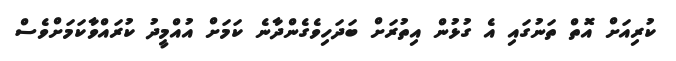
ކުރިއަށް އޮތް ތަނުގައި އެ ގުޅުން އިތުރަށް ބަދަހިވެގެންދާނެ ކަމަށް އުއްމީދު ކުރައްވާކަމަށްވެސް